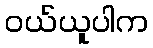
ဝယ်ယူပါက